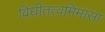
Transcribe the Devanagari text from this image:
विधीतत्वमिमांसा